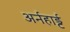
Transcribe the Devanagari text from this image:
अर्नहार्ड्ट